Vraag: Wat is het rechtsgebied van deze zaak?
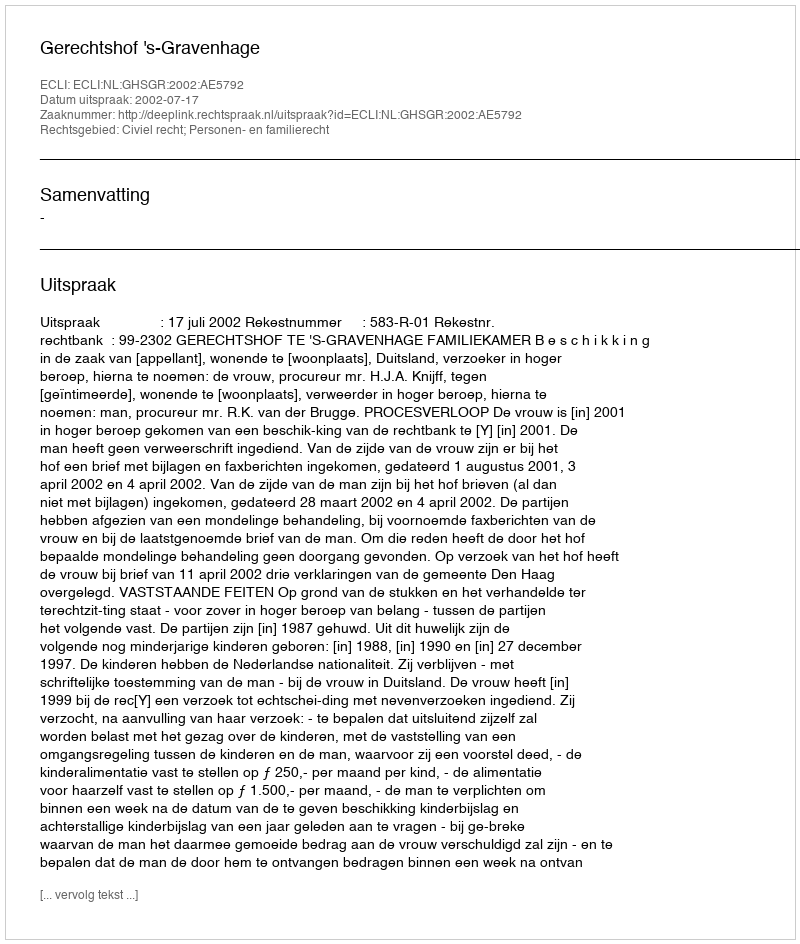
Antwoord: Civiel recht; Personen- en familierecht